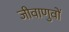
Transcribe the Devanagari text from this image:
जीवाणुवों